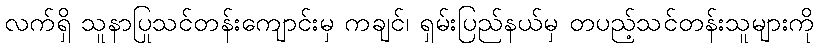
လက်ရှိ သူနာပြုသင်တန်းကျောင်းမှ ကချင်၊ ရှမ်းပြည်နယ်မှ တပည့်သင်တန်းသူများကို